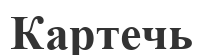
Картечь